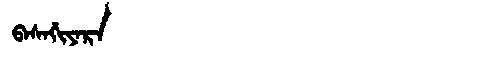
Manchu: ᠪᠠᠰᠠᡤᡳᠶᠠᡵᠠ
Romanization: BASAGIYARA